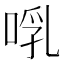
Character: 啂